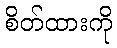
စိတ်ထားကို